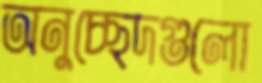
অনুচ্ছেদগুলো